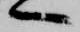
へ